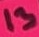
Text: 13